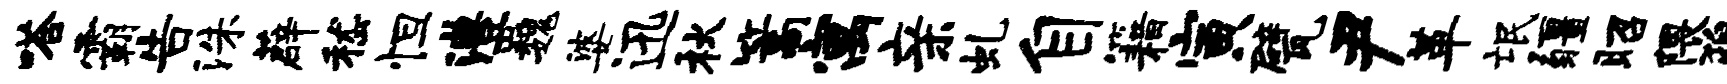
嗒霸告洙薜嵇怛澧巍婆迅秋篙寓亲虬自籍寅甓尹革氓疆昭隈猊